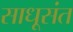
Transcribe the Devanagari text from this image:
साधूसंत